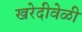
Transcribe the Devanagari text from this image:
खरेदीवेळी